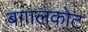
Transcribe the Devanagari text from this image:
बगालकोट